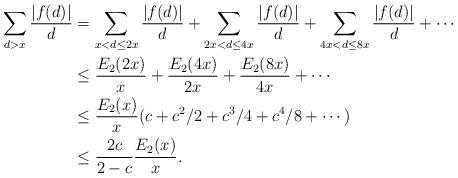
LaTeX: \begin{align*}\sum_{d>x}\frac{|f(d)|}{d}&=\sum_{x<d\le 2x}\frac{|f(d)|}{d}+\sum_{2x<d\le 4x}\frac{|f(d)|}{d}+\sum_{4x<d\le 8x}\frac{|f(d)|}{d}+\cdots\\&\le \frac{E_2(2x)}{x}+\frac{E_2(4x)}{2x}+\frac{E_2(8x)}{4x}+\cdots\\&\le \frac{E_2(x)}{x}(c+c^2/2+c^3/4+c^4/8+\cdots)\\&\le \frac{2c}{2-c}\frac{E_2(x)}{x}.\end{align*}